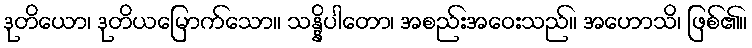
ဒုတိယော၊ ဒုတိယမြောက်သော။ သန္နိပါတော၊ အစည်းအဝေးသည်။ အဟောသိ၊ ဖြစ်၏။